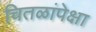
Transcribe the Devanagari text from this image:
चितळांपेक्षा